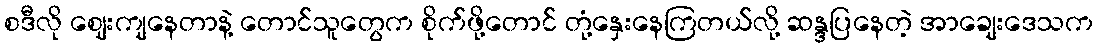
စဒီလို ဈေးကျနေတာနဲ့ တောင်သူတွေက စိုက်ဖို့တောင် တုံ့နှေးနေကြတယ်လို့ ဆန္ဒပြနေတဲ့ အာချေးဒေသက